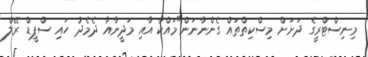
މިނިސްޓްރީގެ ދަށަށް މިސްކިތްތައް ގެންނާނަން"މައްކާ އާއި މަދީނާއާ ދެމެދު ހައި ސްޕީޑް ރޭލް